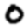
Digit: 0